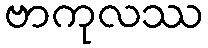
ဗာကုလဿ